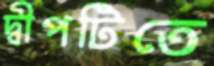
দ্বীপটিতে